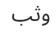
وثب